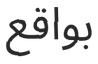
بواقع